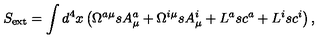
S _ { \mathrm { e x t } } = \int d ^ { 4 } x \left( \Omega ^ { a \mu } s A _ { \mu } ^ { a } + \Omega ^ { i \mu } s A _ { \mu } ^ { i } + L ^ { a } s c ^ { a } + L ^ { i } s c ^ { i } \right) ,